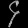
Digit: ၄